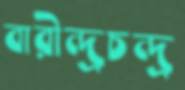
বারীন্দ্রচন্দ্র